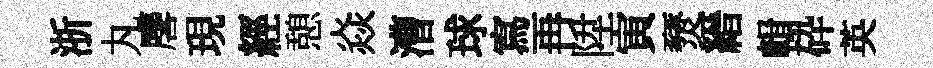
浙丸麐現經憩焱漕球寫再陞寅燹縉輯砕英